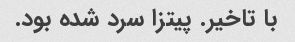
با تاخیر. پیتزا سرد شده بود.